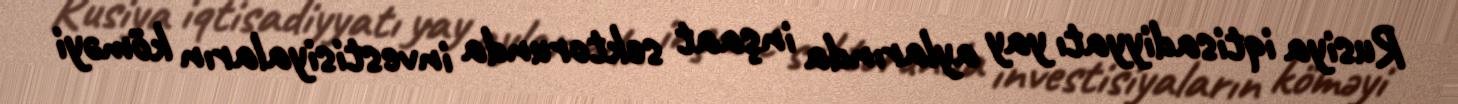
Rusiya iqtisadiyyatı yay aylarında inşaat sektorunda investisiyaların köməyi